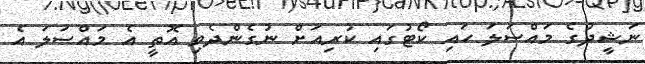
ނަޝީދުގެ މައްސަލަ ހައި ކޯޓުގައި ކުރިއަށް ނުގެންދެވި އޮތީ އެ މައްސަލަ އެ